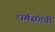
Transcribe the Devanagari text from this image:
धर्मसंगती